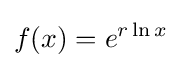
f(x)=e^{r\ln x}